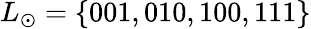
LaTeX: L_{\odot}=\{ 001,010,100,111\}